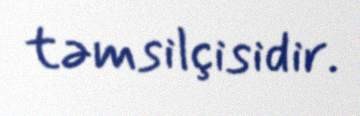
təmsilçisidir.